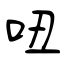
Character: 吜